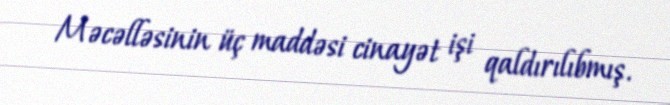
Məcəlləsinin üç maddəsi cinayət işi qaldırılıbmış.